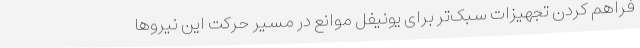
فراهم کردن تجهیزات سبک‌تر برای یونیفل موانع در مسیر حرکت این نیروها